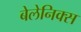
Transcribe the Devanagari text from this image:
बेलेनिक्स